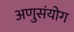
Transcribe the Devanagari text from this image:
अणुसंयोग